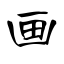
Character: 画